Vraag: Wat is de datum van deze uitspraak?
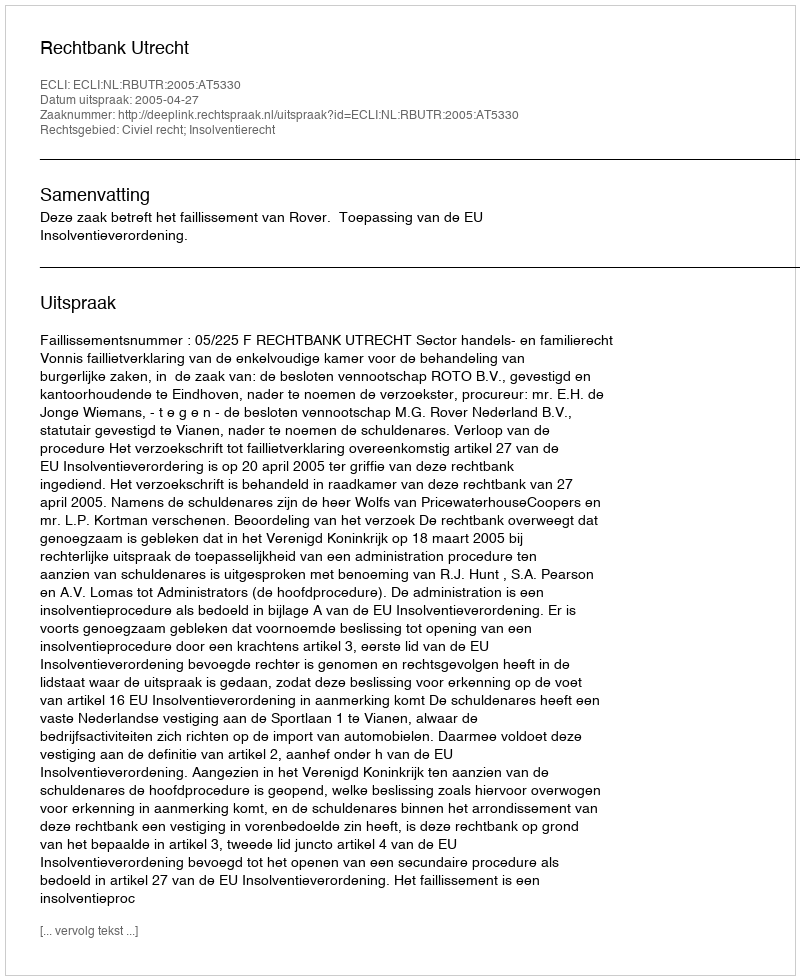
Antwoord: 2005-04-27